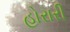
હોરારી